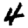
Digit: 4